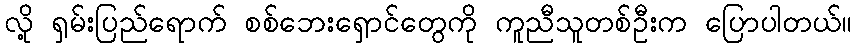
လို့ ရှမ်းပြည်ရောက် စစ်ဘေးရှောင်တွေကို ကူညီသူတစ်ဦးက ပြောပါတယ်။